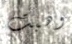
وهبت